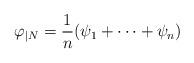
LaTeX: \begin{align*}\varphi_{|N} = \frac{1}{n} (\psi_1 + \cdots + \psi_n) \end{align*}